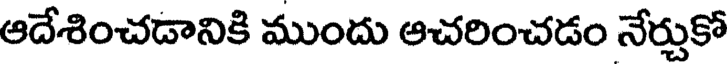
ఆదేశించడానికి ముందు ఆచరించడం నేర్చుకో